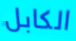
الكابل